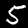
Digit: 5